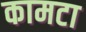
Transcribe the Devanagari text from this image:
कामटा